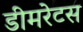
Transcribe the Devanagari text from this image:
डीमरेटस